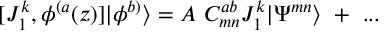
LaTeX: [ J _ { 1 } ^ { k } , \phi ^ { ( a } ( z ) ] | \phi ^ { b ) } \rangle = A ~ C _ { m n } ^ { a b } J _ { 1 } ^ { k } | \Psi ^ { m n } \rangle ~ + ~ . . .